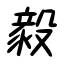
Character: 毅